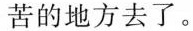
苦的地方去了。